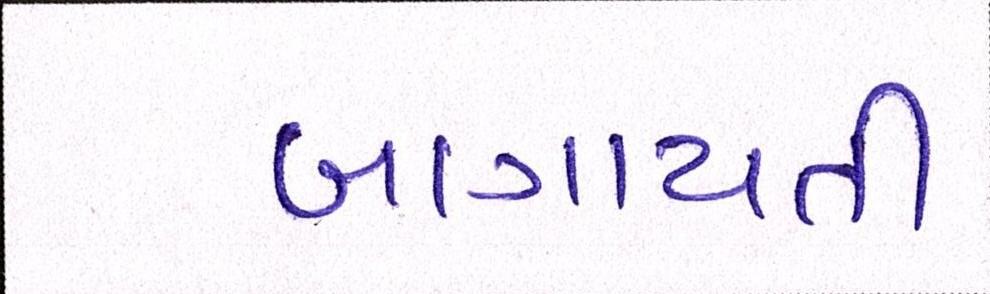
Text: બાગાયતી